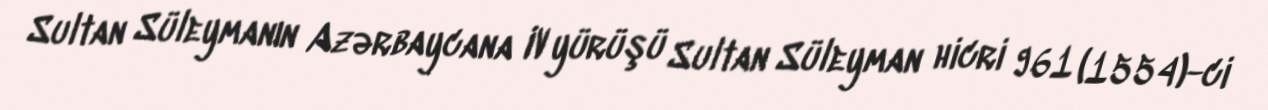
Sultan Süleymanın Azərbaycana IV yürüşü Sultan Süleyman hicri 961 (1554)-ci